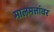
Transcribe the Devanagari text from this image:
मालमत्तांवर